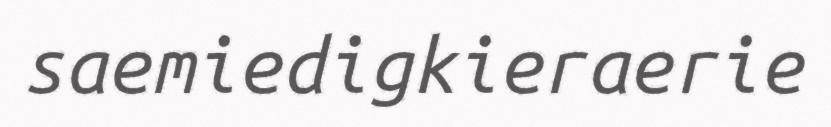
saemiedigkieraerie